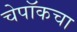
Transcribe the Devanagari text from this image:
चेपॉकचा